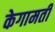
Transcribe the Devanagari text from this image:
केगामती